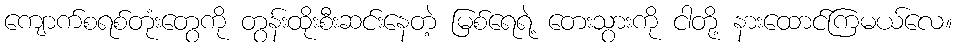
ကျောက်စရစ်တုံးတွေကို တွန်းထိုးစီးဆင်းနေတဲ့ မြစ်ရေရဲ့ တေးသွားကို ငါတို့ နားထောင်ကြမယ်လေ။